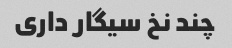
چند نخ سیگار داری